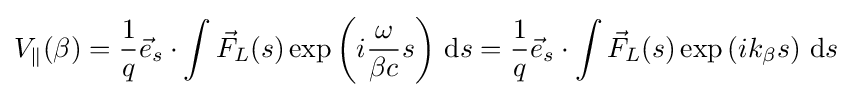
V_{\parallel }(\beta )={\frac {1}{q}}{\vec {e}}_{s}\cdot \int {\vec {F}}_{L}(s)\exp \left(i{\frac {\omega }{\beta c}}s\right)\,\mathrm {d} s={\frac {1}{q}}{\vec {e}}_{s}\cdot \int {\vec {F}}_{L}(s)\exp \left(ik_{\beta }s\right)\,\mathrm {d} s